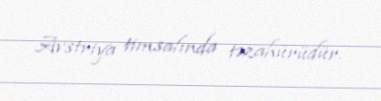
Avstriya timsalında təzahürüdür.